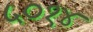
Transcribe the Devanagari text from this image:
५०१४